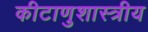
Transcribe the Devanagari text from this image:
कीटाणुशास्त्रीय